Circular to Secondary Education Committee, 1908
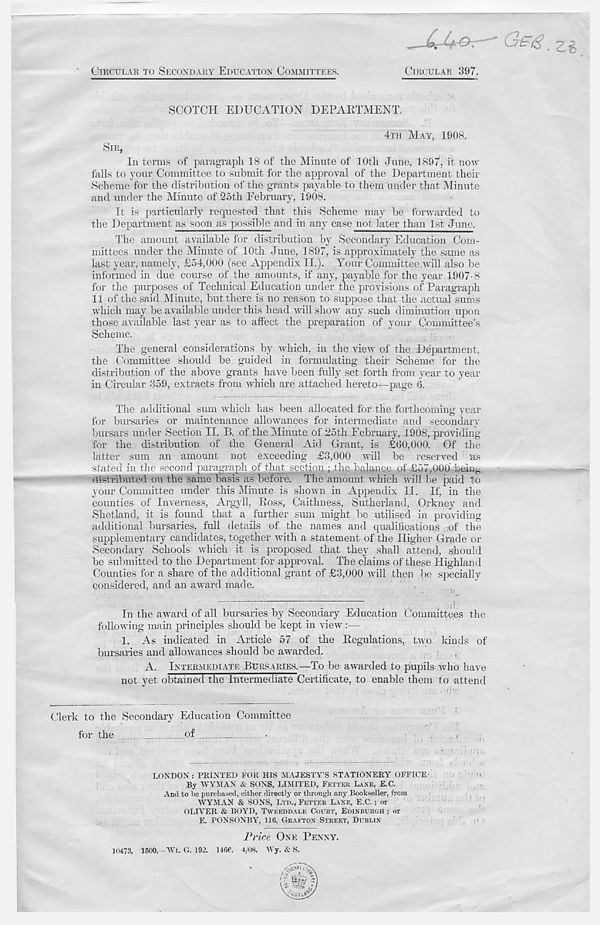
CIRCULAR TO SECONDARY EDUCATION COMMITTEES.
CIRCULAR 397.
SCOTCH EDUCATION DEPARTMENT.
4TH MAY, 1908.
SIR,
In terms of paragraph 18 of the Minute of 10th June, 1897, it now
falls to your Committee to submit for the approval of the Department their
Scheme for the distribution of the grants payable to them under that Minute
and under the Minute of 25th February, 1908.
It is particularly requested that this Scheme may be forwarded to
the Department as soon as possible and in any case not later than 1st June.
The amount available for distribution by Secondary Education Com-
mittees under the Minute of 10th June, 1897, is approximately the same as
last year, namely, £54,000 (see Appendix II.). Your Committee,will also be
informed in due course of the amounts, if any, payable for the year 1907-8
for the purposes of Technical Education under the provisions of Paragraph
11 of the said Minute, but there is no reason to suppose that the actual sums
which may be available under this head will show any such diminution upon
those available last year as to affect the preparation of your Committee’s
Scheme.
The general considerations by which, in the view of the Department,
the Committee should be guided in formulating their Scheme for the
distribution of the above grants have been fully set forth from year to year
in Circular 359, extracts from which are attached hereto—page 6.
The additional sum which has been allocated for the forthcoming year
for bursaries or maintenance allowances for intermediate and secondary
bursars under Section II. B. of the Minute of 25th February, 1908, providing
for the distribution of the General Aid Grant, is £60,000, Of the
latter sum an amount not exceeding £3,000 will be reserved as
stated in the second paragraph of thatseetmiy; 1 he. balance of-£57,000’ being
distributed on the same basis as before. The amount which will be paid to
your Committee under this Minute is shown in Appendix II. If, in the
counties of Inverness, Argyll, Ross, Caithness, Sutherland, Orkney and
Shetland, it is found that a further sum might be utilised in providing
additional bursaries, full details of the names and qualifications ; ;of the
supplementary candidates, together with a statement of the Higher Grade or
Secondary Schools which it is proposed that they shall attend, should
be submitted to the Department for approval. The claims of these Highland
Counties for a share of the additional grant of £3,000 will then be specially
considered, and an award made.
In the award of all bursaries by Secondary Education Committees the
following main principles should be kept in view :—
1. As indicated in Article 57 of the Regulations, two kinds of
bursaries and allowances should be awarded.
,
A. INTERMEDIATE BURSARIES.—To be awarded to pupils who have
not yet obtained the Intermediate Certificate, to enable them to attend
Clerk to the Secondary Education Committee
for the
of
LONDON: PRINTED FOR HIS MAJESTY’S STATIONERY OFFICE
By WYMAN & SONS, LIMITED, FETTER LANE, E.C.
And to be purchased, either directly or through any Bookseller, from
WYMAN & SONS, LTD., F'ETTER LANE, E.C.; or
OLIVER & BOYD, TWEEDDALE COURT, EDINBURGH ; or
E. PONSONBY, 116, GRAFTON STREET, DUBLIN
P) ^ice ONE PENNY.
10473. 1500.—Wt, G. 192. 1466. 4/08. Wy. & S.